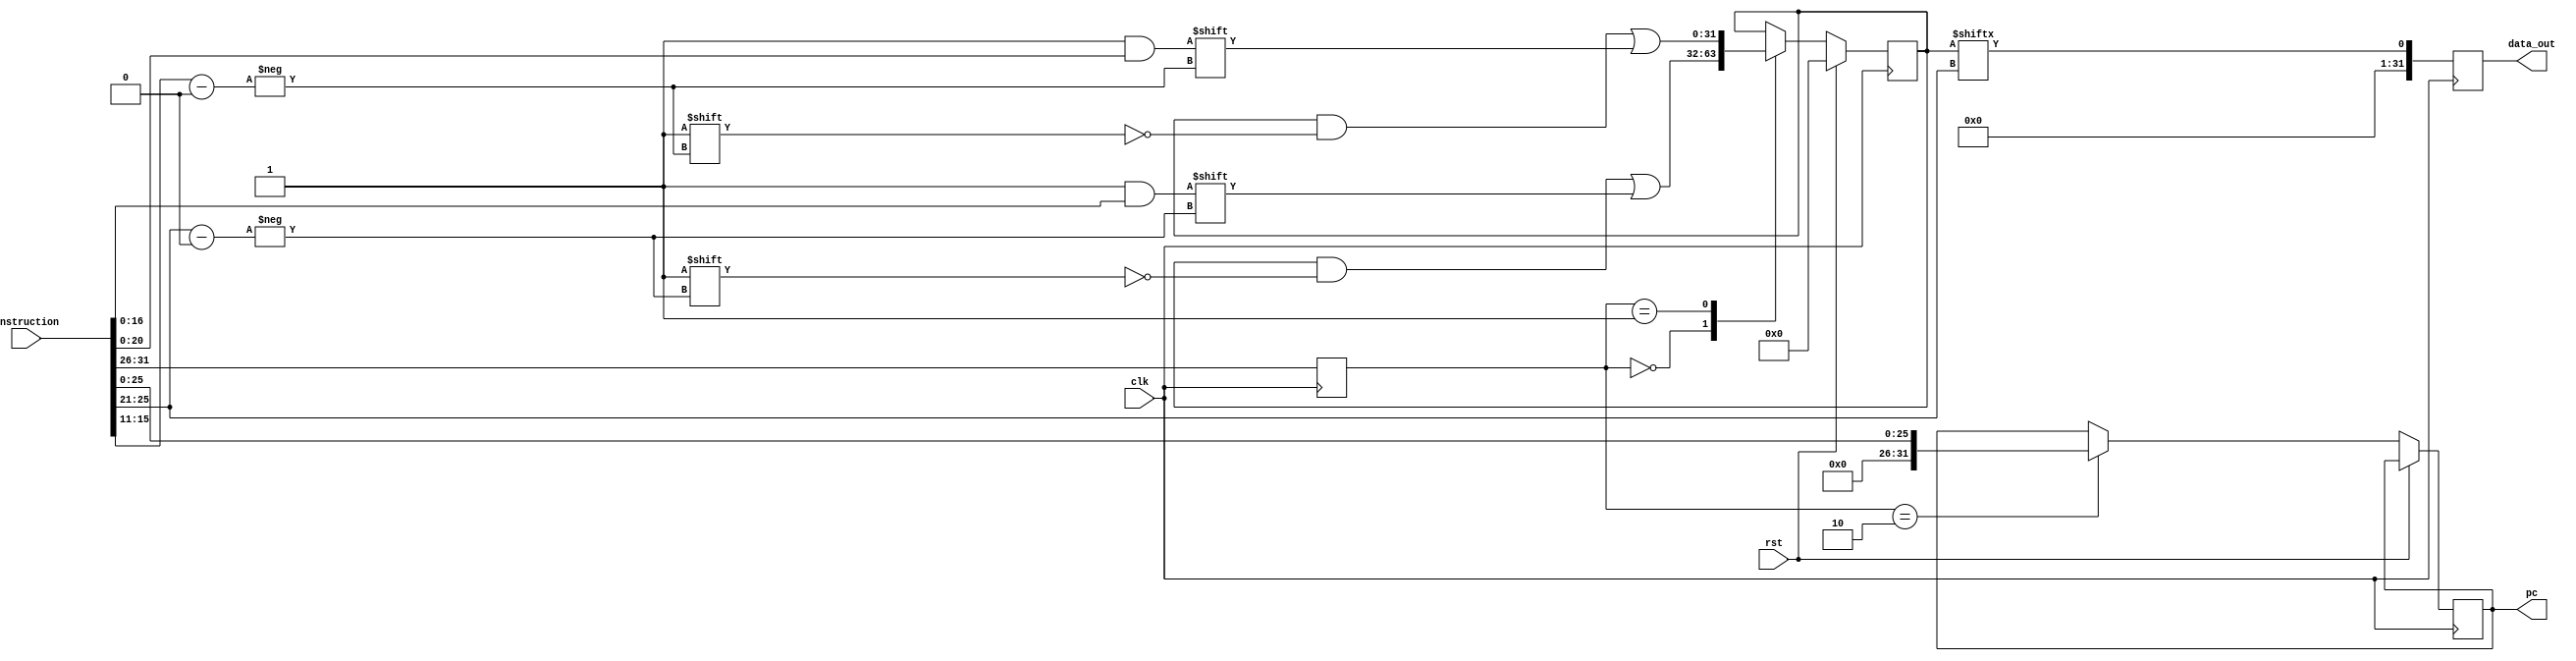
module mips_bard (
  input clk,
  input rst,
  input [31:0] instruction,
  output reg [31:0] pc,
  output reg [31:0] data_out
);

  // 32-bit instruction formats
  localparam R_TYPE = 6'h0;
  localparam I_TYPE = 6'h1;
  localparam J_TYPE = 6'h2;

  // Instruction decoder
  reg [5:0] instruction_type;
  always @(posedge clk) begin
    instruction_type <= instruction[31:26];
  end

  // Register file
  reg [31:0] regfile_packed;
  always @(posedge clk) begin
    if (rst) begin
      regfile_packed <= 32'h0;
    end else begin
      case (instruction_type)
        R_TYPE: begin
          regfile_packed[instruction[25:21]] <= instruction[16:0];
        end
        I_TYPE: begin
          regfile_packed[instruction[15:11]] <= instruction[20:0];
        end
        J_TYPE: begin
          pc <= instruction[25:0];
        end
      endcase
    end
  end

  // Output
  always @(posedge clk) begin
    data_out <= regfile_packed[instruction[25:21]];
  end

endmodule